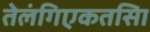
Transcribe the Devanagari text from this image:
तेलंगिएकतसिा